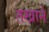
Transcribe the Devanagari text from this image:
तखाने